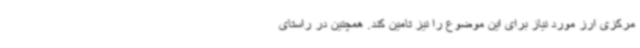
مرکزی ارز مورد نیاز برای این موضوع را نیز تامین کند. همچنین در راستای